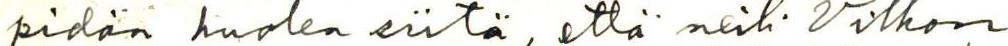
pidän huolen siitä, että neiti Vilhon